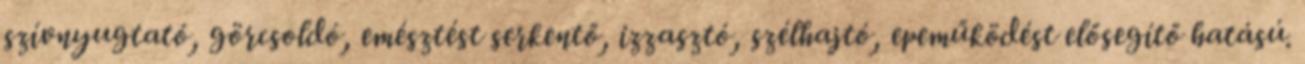
szívnyugtató, görcsoldó, emésztést serkentő, izzasztó, szélhajtó, epeműködést elősegítő hatású.